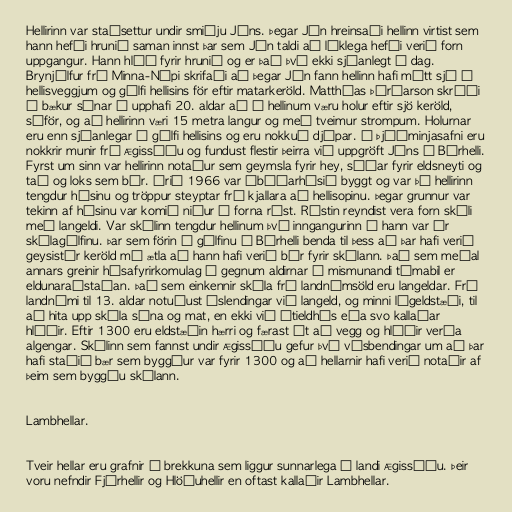
Hellirinn var staðsettur undir smiðju Jóns. Þegar Jón hreinsaði hellinn virtist sem
hann hefði hrunið saman innst þar sem Jón taldi að líklega hefði verið forn
uppgangur. Hann hlóð fyrir hrunið og er það því ekki sjáanlegt í dag.
Brynjúlfur frá Minna-Núpi skrifaði að þegar Jón fann hellinn hafi mátt sjá á
hellisveggjum og gólfi hellisins för eftir matarkeröld. Matthías Þórðarson skráði
í bækur sínar í upphafi 20. aldar að í hellinum væru holur eftir sjö keröld,
sáför, og að hellirinn væri 15 metra langur og með tveimur strompum. Holurnar
eru enn sjáanlegar í gólfi hellisins og eru nokkuð djúpar. Á Þjóðminjasafni eru
nokkrir munir frá Ægissíðu og fundust flestir þeirra við uppgröft Jóns á Búrhelli.
Fyrst um sinn var hellirinn notaður sem geymsla fyrir hey, síðar fyrir eldsneyti og
tað og loks sem búr. Árið 1966 var íbúðarhúsið byggt og var þá hellirinn
tengdur húsinu og tröppur steyptar frá kjallara að hellisopinu. Þegar grunnur var
tekinn af húsinu var komið niður á forna rúst. Rústin reyndist vera forn skáli
með langeldi. Var skálinn tengdur hellinum því inngangurinn í hann var úr
skálagólfinu. Þar sem förin í gólfinu á Búrhelli benda til þess að þar hafi verið
geysistór keröld má ætla að hann hafi verið búr fyrir skálann. Það sem meðal
annars greinir húsafyrirkomulag í gegnum aldirnar í mismunandi tímabil er
eldunaraðstaðan. Það sem einkennir skála frá landnámsöld eru langeldar. Frá
landnámi til 13. aldar notuðust Íslendingar við langeld, og minni lágeldstæði, til
að hita upp skála sína og mat, en ekki við útieldhús eða svo kallaðar
hlóðir. Eftir 1300 eru eldstæðin hærri og færast út að vegg og hlóðir verða
algengar. Skálinn sem fannst undir Ægissíðu gefur því vísbendingar um að þar
hafi staðið bær sem byggður var fyrir 1300 og að hellarnir hafi verið notaðir af
þeim sem byggðu skálann.

Lambhellar.

Tveir hellar eru grafnir í brekkuna sem liggur sunnarlega í landi Ægissíðu. Þeir
voru nefndir Fjárhellir og Hlöðuhellir en oftast kallaðir Lambhellar.